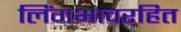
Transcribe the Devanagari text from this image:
लिंगभावरहित